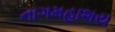
નાગમહાશય